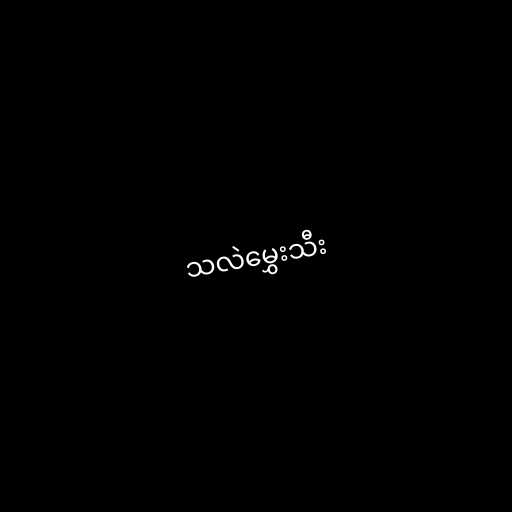
သလဲမွှေးသီး